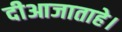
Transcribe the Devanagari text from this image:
दीआजाताहे।